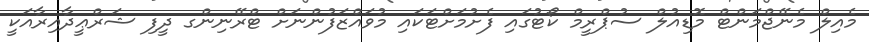
މެއިލް މެނޭޖްމަންޓް މޮޑިއުލް ސުޕްރީމް ކޯޓުގައި ފެށުމަށްޓަކައި މުވައްޒަފުންނަށް ޓްރޭނިންގ ދީފި ޝަރްޢީދާއިރާއަކީ